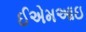
ઈએમઆઇ